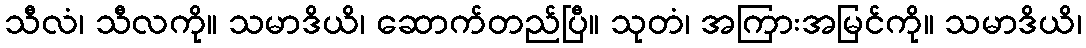
သီလံ၊ သီလကို။ သမာဒိယိ၊ ဆောက်တည်ပြီ။ သုတံ၊ အကြားအမြင်ကို။ သမာဒိယိ၊